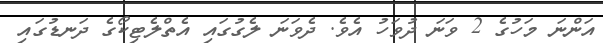
އަންނަ މަހުގެ 2 ވަނަ ދުވަހު އެވެ. ދެވަނަ ލެގުގައި އެތްލެޓިކޯގެ ދަނޑުގައި